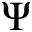
\Psi